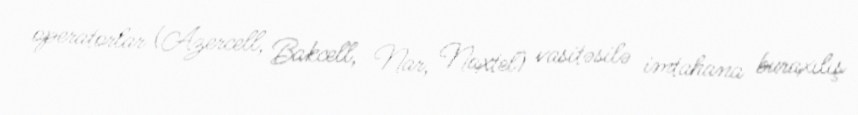
operatorlar (Azercell, Bakcell, Nar, Naxtel) vasitəsilə imtahana buraxılış